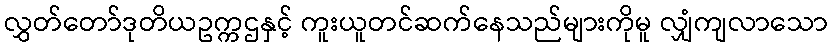
လွှတ်တော်ဒုတိယဥက္ကဌနှင့် ကူးယူတင်ဆက်နေသည်များကိုမူ လျှံကျလာသော